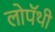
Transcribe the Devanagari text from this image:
लोपॅथी